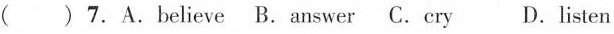
( ) 7.A.believe B.answer C.cry D.listen